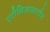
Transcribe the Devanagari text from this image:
एंटीसिआलागौग